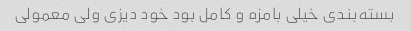
بسته‌بندی خیلی بامزه و کامل بود خود دیزی ولی معمولی